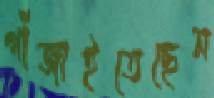
গাঁজাইতেছেন